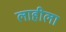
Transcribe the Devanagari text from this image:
लाहीला